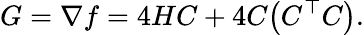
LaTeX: G=\nabla f=4HC+4C\big(C^{\top}C\big).